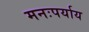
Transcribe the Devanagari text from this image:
मनःपर्याय